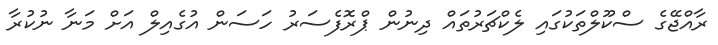
ރާއްޖޭގެ ސްކޫލްތަކުގައި ލެކްޗަރުތައް ދިނުން ޕްރޮފެސަރު ހަސަން އުގެއިލް އަށް މަނާ ނުކުރާ